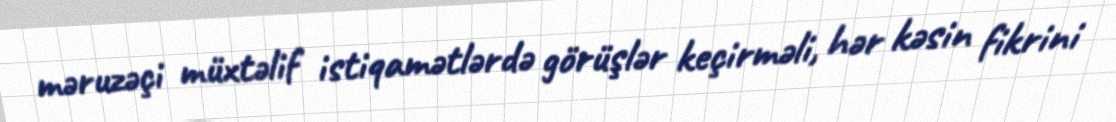
məruzəçi müxtəlif istiqamətlərdə görüşlər keçirməli, hər kəsin fikrini